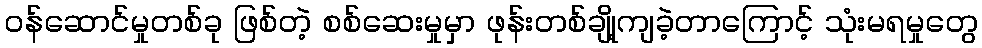
ဝန်ဆောင်မှုတစ်ခု ဖြစ်တဲ့ စစ်ဆေးမှုမှာ ဖုန်းတစ်ချို့ကျခဲ့တာကြောင့် သုံးမရမှုတွေ